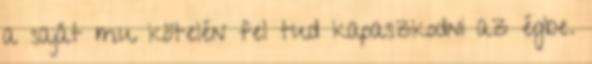
a saját mu kötelén fel tud kapaszkodni az égbe.